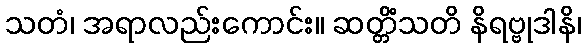
သတံ၊ အရာလည်းကောင်း။ ဆတ္တိံသတိ နိရဗ္ဗုဒါနိ၊